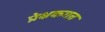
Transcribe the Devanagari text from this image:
प्रेक्षकगत